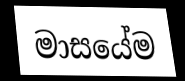
මාසයේම